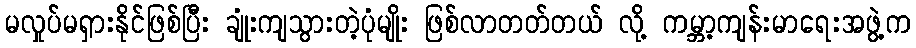
မလှုပ်မရှားနိုင်ဖြစ်ပြီး ချုံးကျသွားတဲ့ပုံမျိုး ဖြစ်လာတတ်တယ် လို့ ကမ္ဘာ့ကျန်းမာရေးအဖွဲ့က